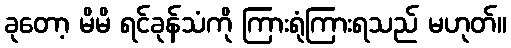
ခုတော့ မိမိ ရင်ခုန်သံကို ကြားရုံကြားရသည် မဟုတ်။